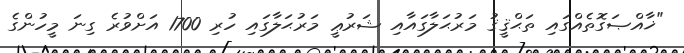
"ޚާއްޞަގޮތެއްގައި ތަޙްޤީޤު މަރުޙަލާގައާއި ޝަރުޢީ މަރުޙަލާގައި ހުރި 1700 އަށްވުރެ ގިނަ މީހުންގެ